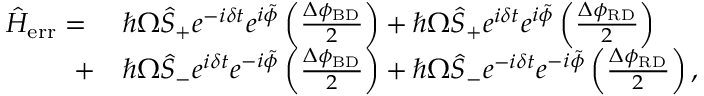
\begin{array} { r l } { \hat { H } _ { \mathrm { e r r } } = \ } & { { } \hbar \Omega \hat { S } _ { + } e ^ { - i \delta t } e ^ { i \tilde { \phi } } \left( \frac { \Delta \phi _ { \mathrm { B D } } } { 2 } \right) + \hbar \Omega \hat { S } _ { + } e ^ { i \delta t } e ^ { i \tilde { \phi } } \left( \frac { \Delta \phi _ { \mathrm { R D } } } { 2 } \right) } \\ { + } & { { } \hbar \Omega \hat { S } _ { - } e ^ { i \delta t } e ^ { - i \tilde { \phi } } \left( \frac { \Delta \phi _ { \mathrm { B D } } } { 2 } \right) + \hbar \Omega \hat { S } _ { - } e ^ { - i \delta t } e ^ { - i \tilde { \phi } } \left( \frac { \Delta \phi _ { \mathrm { R D } } } { 2 } \right) , } \end{array}